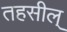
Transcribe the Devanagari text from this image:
तहसील्